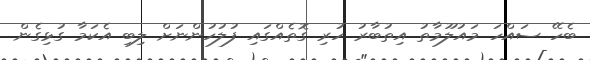
ބެހޭ ސައްހަ މައުލޫމާތު އިތުބާރު ހުރި ގޮތެއްގައި ފުލުހުންނަށް ލިބި އެކަމާ ގުޅިގެން